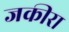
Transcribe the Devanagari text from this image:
जकीरा